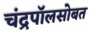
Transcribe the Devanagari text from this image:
चंद्रपॉलसोबत